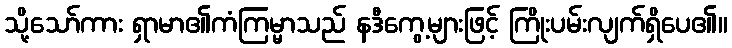
သို့သော်ကား ရှာမာ၏ကံကြမ္မာသည် နဒီကွေ့များဖြင့် ကြိုးပမ်းလျက်ရှိပေ၏။